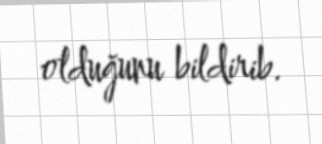
olduğunu bildirib.